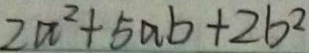
2 x ^ { 2 } + 5 a b + 2 b ^ { 2 }